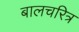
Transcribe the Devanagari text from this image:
बालचरित्र